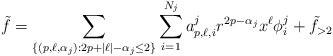
LaTeX: \begin{align*}\tilde{f} = \sum_{\{(p, \ell, \alpha_j): 2p+|\ell|-\alpha_j \leq 2\}}\sum_{i=1}^{N_j}a_{p,\ell,i}^jr^{2p-\alpha_j}x^{\ell}\phi^j_{i} + \tilde{f}_{>2}\end{align*}